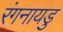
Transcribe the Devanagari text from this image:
रंगनायडु